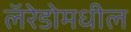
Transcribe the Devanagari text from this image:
लॅरेडोमधील